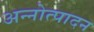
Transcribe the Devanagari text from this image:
अन्नोत्पादन